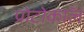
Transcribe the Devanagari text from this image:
प्रोटोकाॅल